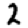
Digit: 2